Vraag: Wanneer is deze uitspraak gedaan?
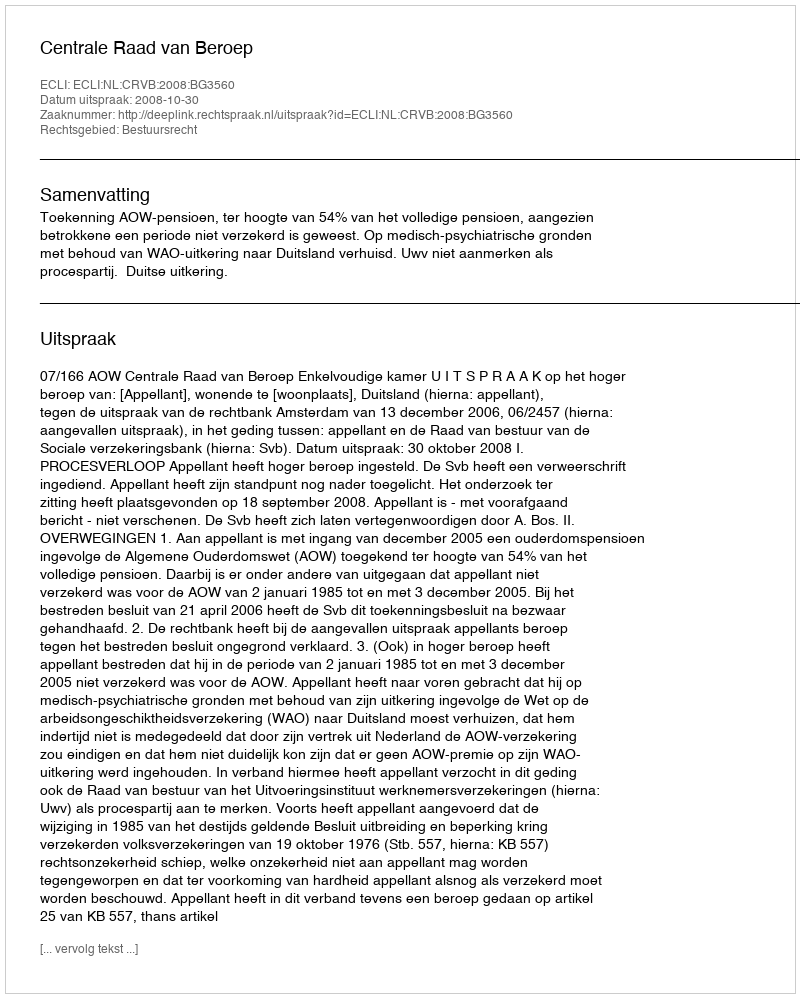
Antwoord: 2008-10-30